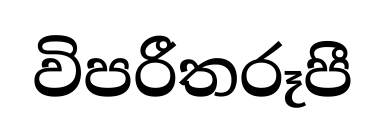
විපරීතරූපී